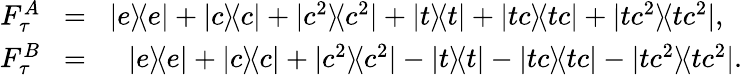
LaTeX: \begin{array}{rlr}{F_{\tau}^{A}\! }&{=}&{\! |e\rangle\! \langle e|+|c\rangle\! \langle c|+|c^{2}\rangle\! \langle c^{2}|+|t\rangle\! \langle t|+|tc\rangle\! \langle tc|+|tc^{2}\rangle\! \langle tc^{2}|,\, \, \, \, }\\ {F_{\tau}^{B}\! }&{=}&{\! |e\rangle\! \langle e|+|c\rangle\! \langle c|+|c^{2}\rangle\! \langle c^{2}|-|t\rangle\! \langle t|-|tc\rangle\! \langle tc|-|tc^{2}\rangle\! \langle tc^{2}|.}\end{array}